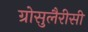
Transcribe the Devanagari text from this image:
ग्रोसुलैरीसी